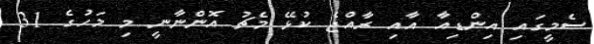
ސެމީގައި އިންޑިއާ އާއި ރާއްޖެ ކުޅޭ މެޗު އޮންނާނީ މި މަހުގެ 31